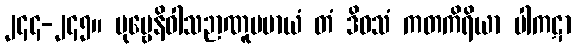
၂၄၄-၂၄၅။ ပုဗ္ဗေနိဝါသဉာဏူပမာယံ တံ ဒိဝသံ ကတကိရိယာ ပါကဋာ